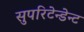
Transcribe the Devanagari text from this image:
सुपरिटेन्डेन्ट